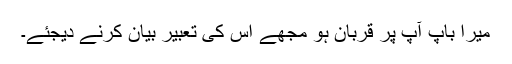
میرا باپ آپ پر قربان ہو مجھے اس کی تعبیر بیان کرنے دیجئے۔